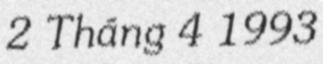
2 Tháng 4 1993